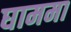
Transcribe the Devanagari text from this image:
घाममा